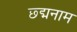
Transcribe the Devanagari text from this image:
छ्द्मनाम